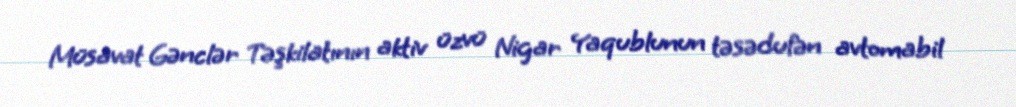
Müsavat Gənclər Təşkilatının aktiv üzvü Nigar Yaqublunun təsədufən avtomabil